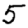
Digit: 5